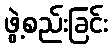
ဖွဲ့စည်းခြင်း